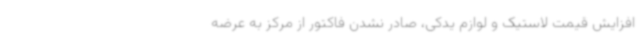
افزایش قیمت لاستیک و لوازم یدکی، صادر نشدن فاکتور از مرکز به عرضه